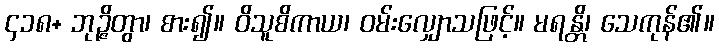
၄၁၈+ ဘုဉ္ဇိတွာ၊ စား၍။ ဝိသူစိကာယ၊ ဝမ်းလျှောသဖြင့်။ မရန္တိ၊ သေကုန်၏။